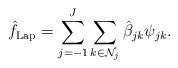
LaTeX: \begin{align*} \hat{f}_{\mathrm{Lap}} = \sum_{j = -1}^J\sum_{k \in \mathcal{N}_j}\hat{\beta}_{jk}\psi_{jk}. \end{align*}